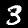
Digit: 3